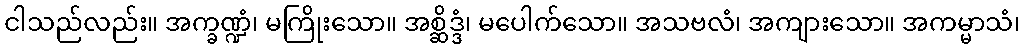
ငါသည်လည်း။ အက္ခဏ္ဍံ၊ မကြိုးသော။ အစ္ဆိဒ္ဒံ၊ မပေါက်သော။ အသဗလံ၊ အကျားသော။ အကမ္မာသံ၊